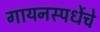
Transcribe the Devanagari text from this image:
गायनस्पर्धेचे